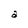
Character: a